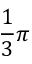
{ \frac { 1 } { 3 } } \pi